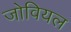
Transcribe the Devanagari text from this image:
जोवियल